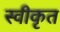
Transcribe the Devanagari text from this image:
स्वीकृत